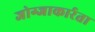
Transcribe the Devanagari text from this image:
जोग्जाकार्रता